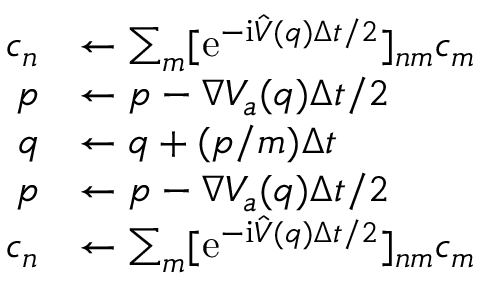
\begin{array} { r l } { c _ { n } } & { \leftarrow \sum _ { m } [ \mathrm { e } ^ { - \mathrm { i } \hat { V } ( q ) \Delta t / 2 } ] _ { n m } c _ { m } } \\ { p } & { \leftarrow p - \nabla V _ { a } ( q ) \Delta t / 2 } \\ { q } & { \leftarrow q + ( p / m ) \Delta t } \\ { p } & { \leftarrow p - \nabla V _ { a } ( q ) \Delta t / 2 } \\ { c _ { n } } & { \leftarrow \sum _ { m } [ \mathrm { e } ^ { - \mathrm { i } \hat { V } ( q ) \Delta t / 2 } ] _ { n m } c _ { m } } \end{array}